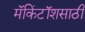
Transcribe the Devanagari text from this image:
मॅकिंटॉशसाठी